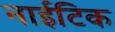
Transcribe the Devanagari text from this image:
नाईटिक